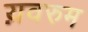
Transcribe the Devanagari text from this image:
य़वरुम